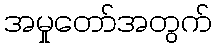
အမှုတော်အတွက်